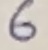
Text: 6